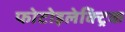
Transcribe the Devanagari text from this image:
फोटोइलेक्ट्रिक